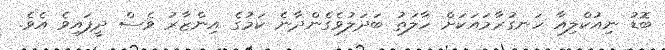
ބޮޑު ނިއުކްލިއާ ހަނގުރާމައަކަށް ހާލަތު ބަދަލުވެގެންދާނެ ކަމުގެ އިންޒާރު ވެސް ދީފައިވެ އެވެ.